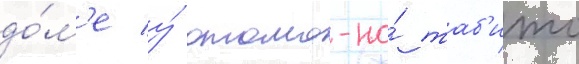
до́м'е у́ отомо-но́ таб'ито